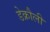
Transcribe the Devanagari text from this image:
डेक्रौली